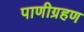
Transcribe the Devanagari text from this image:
पाणीग्रहण